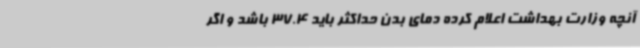
آنچه وزارت بهداشت اعلام کرده دمای بدن حداکثر باید 37.4 باشد و اگر